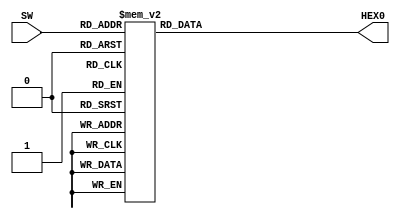
module lab1part2(input [3:0]SW, output[6:0]HEX0);
	reg [6:0] reg_LEDs;
	assign HEX0[6:0] = reg_LEDs[6:0];

	always @ (*)
   begin
      case(SW)
			4'b0000: reg_LEDs[6:0]=7'b1000000; //decimal 0
			4'b0001: reg_LEDs[6:0]=7'b1111001; //decimal 1
			4'b0010: reg_LEDs[6:0]=7'b0100100; //decimal 2
			4'b0011: reg_LEDs[6:0]=7'b0110000; //decimal 3
			4'b0100: reg_LEDs[6:0]=7'b0011001; //decimal 4
			4'b0101: reg_LEDs[6:0]=7'b0010010; //decimal 5
			4'b0110: reg_LEDs[6:0]=7'b0000010; //decimal 6
			4'b0111: reg_LEDs[6:0]=7'b1111000; //decimal 7
			4'b1000: reg_LEDs[6:0]=7'b0000000; //decimal 8
			4'b1001: reg_LEDs[6:0]=7'b0010000; //decimal 9
			4'b1010: reg_LEDs[6:0]=7'b1000110; //decimal C
			4'b1011: reg_LEDs[6:0]=7'b1000001; //decimal U
			4'b1100: reg_LEDs[6:0]=7'b1111001; //decimal I
			4'b1101: reg_LEDs[6:0]=7'b0010001; //decimal Y
			4'b1110: reg_LEDs[6:0]=7'b0001001; //decimal H
			4'b1111: reg_LEDs[6:0]=7'b1111111; //decimal off



endcase
end
endmodule